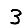
Digit: 3